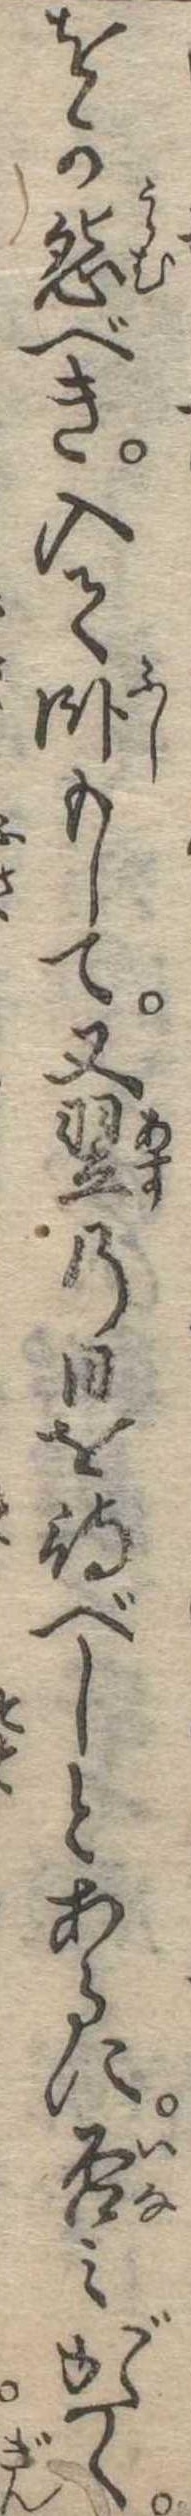
をか怨べき入て臥もして又翌の日を待べしとあるに否みがたく